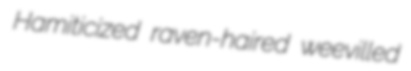
Hamiticized raven-haired weevilled